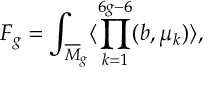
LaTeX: F _ { g } = \int _ { { \overline { { M } } } _ { g } } \langle \prod _ { k = 1 } ^ { 6 g - 6 } ( b , \mu _ { k } ) \rangle ,